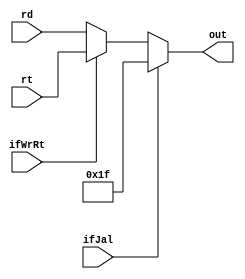
`timescale 1ns / 1ps
//////////////////////////////////////////////////////////////////////////////////
// Company: 
// Engineer: 
// 
// Design Name: 
// Module Name:    GrfWaSel 
// Project Name: 
// Target Devices: 
// Tool versions: 
// Description: 
//
// Dependencies: 
//
// Revision: 
// Revision 0.01 - File Created
// Additional Comments: 
//
/*
assign grfWA = (ifJal)? 31:
						(ifWrRt)? rt:
						rd;
*/
//////////////////////////////////////////////////////////////////////////////////
module GrfWaSel(
	input ifJal,
	input ifWrRt,
	input [4:0]rt,
	input [4:0]rd,
	output [4:0]out
    );
	 
assign out = (ifJal)? 5'b11111:
				 (ifWrRt)? rt:
				 rd;

endmodule